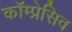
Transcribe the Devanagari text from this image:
कॉम्प्रेसिव